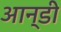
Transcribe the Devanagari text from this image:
आन्डी